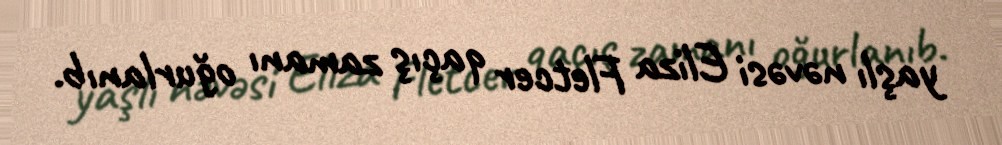
yaşlı nəvəsi Eliza Fletcer qaçış zamanı oğurlanıb.